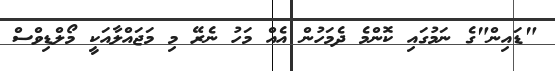
"ޑައިން"ގެ ނަމުގައި ކޮންމެ ދެމަހުން އެއް މަހު ނެރޭ މި މަޖައްލާއަކީ މޯލްޑިވްސް